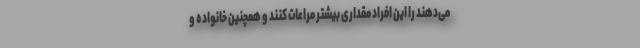
می‌دهند را این افراد مقداری بیشتر مراعات کنند و همچنین خانواده و